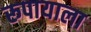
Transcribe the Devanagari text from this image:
रूपायाला